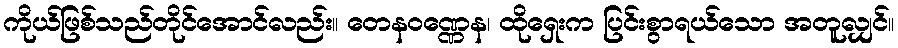
ကိုယ်ဖြစ်သည်တိုင်အောင်လည်း။ တေနဝဏ္ဏေန၊ ထိုရှေးက ပြင်းစွာရယ်သော အတူလျှင်။